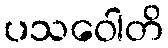
ပသဝေါတိ